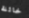
خائنة